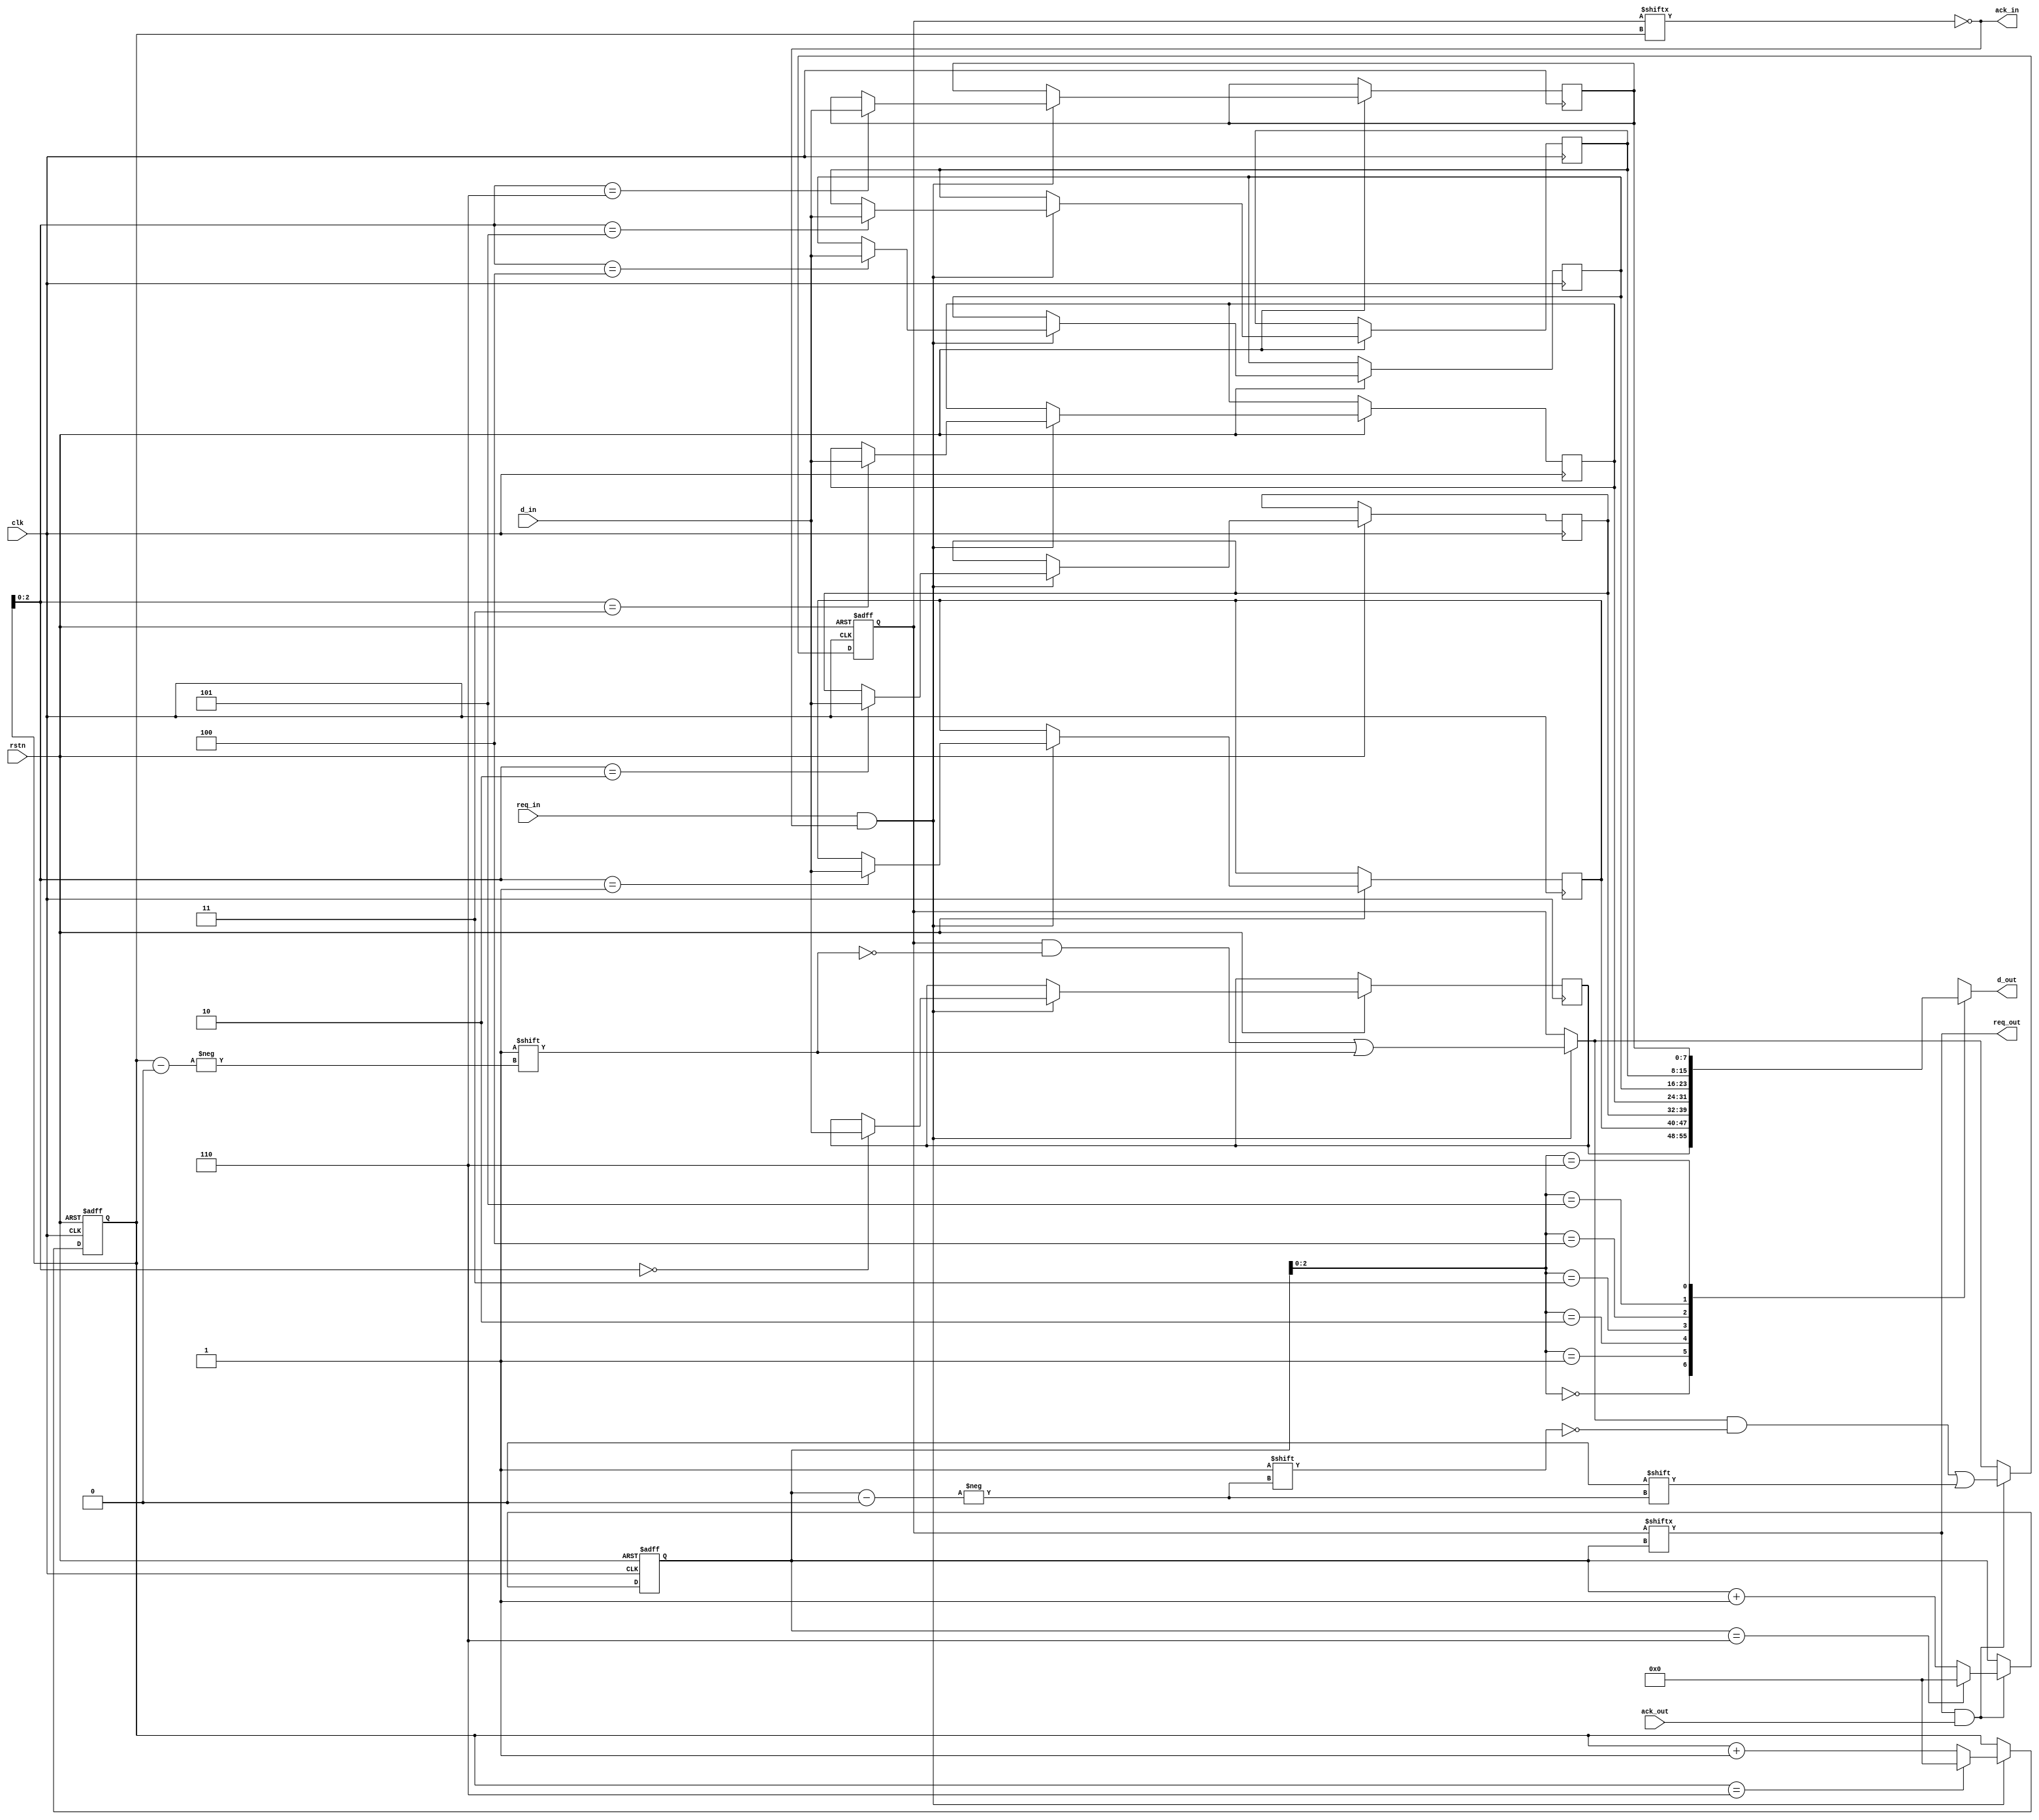
module fifo2 #(parameter dw=8,L=7)
(
    input clk,rstn,
    input [dw-1:0] d_in,
    input req_in,
    output ack_in,
    output [dw-1:0] d_out,
    output req_out,
    input ack_out
);
    reg [dw-1:0] data [L-1:0];
    reg [L-1:0] valid;
    reg [L-1:0] wp,rp;


    assign d_out=data[rp];
    assign req_out=valid[rp];
    assign ack_in = ~valid[wp];

    always @(posedge clk or negedge rstn) begin
        if(~rstn) begin
            wp<=0;
            rp<=0;
            valid<=0;
        end
        else begin
            if(req_in&ack_in) begin
                wp<=wp==L-1?0:wp+1;
                valid[wp]<=1'b1;
                data[wp]<=d_in;
            end
            if(req_out&ack_out) begin
                rp<=rp==L-1?0:rp+1;
                valid[rp]<=1'b0;
            end
        end
    end
endmodule


//LFIFO